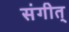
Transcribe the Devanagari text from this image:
संगीत्